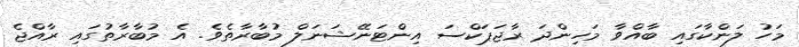
މަހު ލަންކާގައި ބާއްވާ މަހިންދަ ރާޖަޕަކްސަ އިންޓަނޭޝަނަލް މުބާރާތެވެ. އެ މުބާރާތުގައި ރާއްޖެ